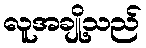
လူအချို့သည်